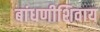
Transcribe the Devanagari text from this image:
बांधणीशिवाय